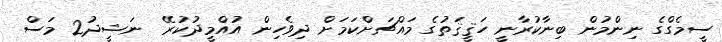
ސީމެގްގެ ނިންމުން ބިނާކުރާނީ ހަޤީޤަތުގެ މައްޗަށްކަމަށް ދިވެހިން އުއްމީދުކުރޭ  ނަޝީދު2 މަސް